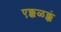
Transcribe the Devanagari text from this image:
एक्कळक्कं